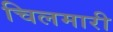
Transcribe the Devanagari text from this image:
चिलमारी